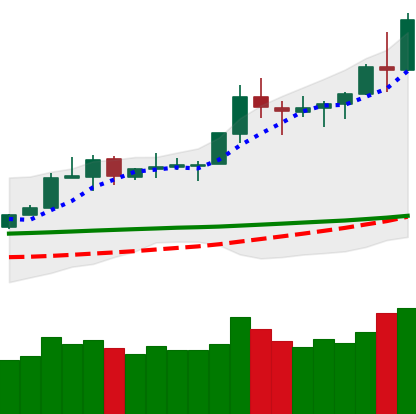
Ticker: TRX-USD
Chart end date: 2020-02-14
Forward return: -22.811%
Label: down_7plus